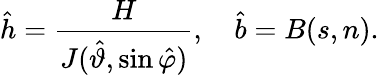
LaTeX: \hat{h}=\frac{H}{J(\hat{\vartheta},\sin\hat{\varphi})},\quad\hat{b}=B(s,n).